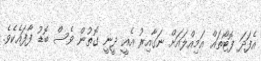
އެފަދަ ފޮޓޯތައް އަމިއްލައަށް ނަގާއިރު އެއީ ދީނީ ގޮތުން ވެސް ބޮޑު ފާފައެކެވެ.